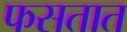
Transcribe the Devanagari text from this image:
फसतात